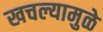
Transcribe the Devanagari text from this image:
खचल्यामुळे